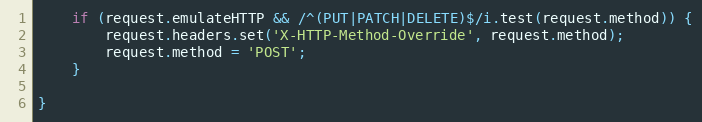
Language: JavaScript
    if (request.emulateHTTP && /^(PUT|PATCH|DELETE)$/i.test(request.method)) {
        request.headers.set('X-HTTP-Method-Override', request.method);
        request.method = 'POST';
    }

}